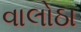
વાલોઠા